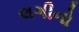
લગીનો